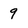
Character: 9